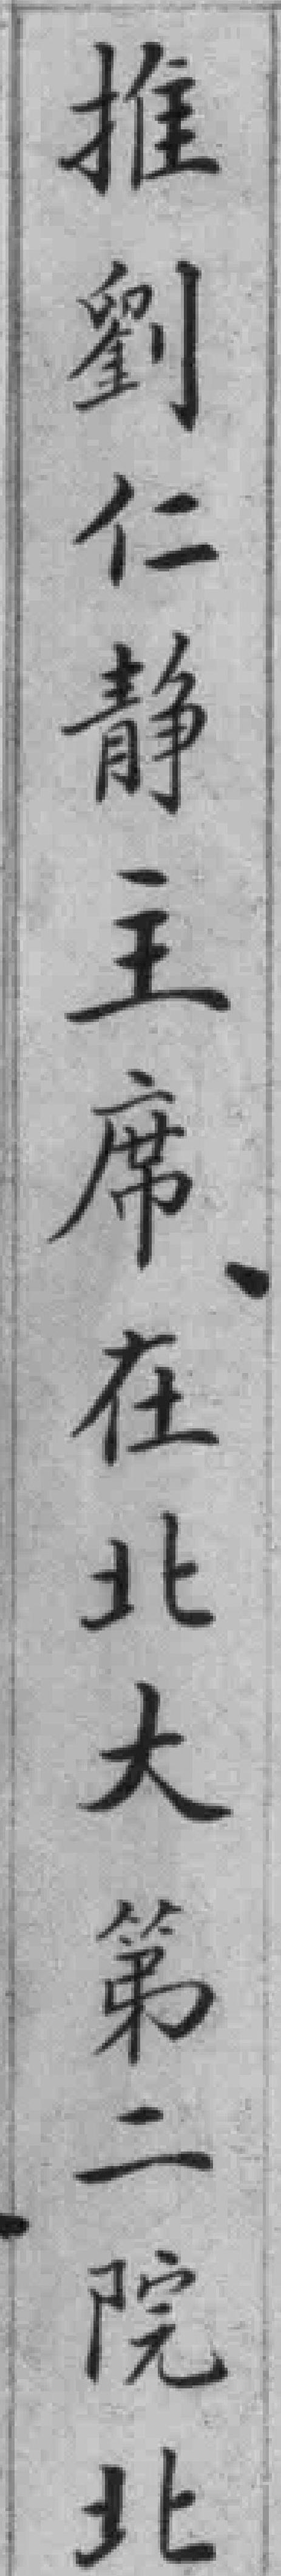
推劉仁静主席在北大第二院北